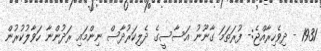
1931 - ދިވެހިރާއްޖެ:- ފުރަތަމަ ގާނޫނު އަސާސީގެ ދެލިކަރުދާސް ނިންމައި ރަދުންނާ ހަވާލުކުރުން